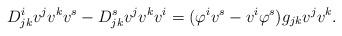
LaTeX: \begin{align*}D^i_{jk} v^jv^k v^s - D^s_{jk} v^jv^k v^i =(\varphi^i v^s - v^i \varphi^s) g_{jk} v^j v^k. \end{align*}